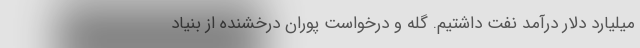
میلیارد دلار درآمد نفت داشتیم. گله و درخواست پوران درخشنده از بنیاد